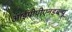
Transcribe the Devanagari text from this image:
आईपीपीएनडब्ल्यू